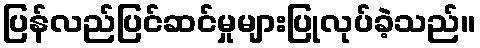
ပြန်လည်ပြင်ဆင်မှုများပြုလုပ်ခဲ့သည်။